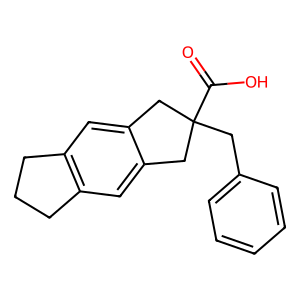
SMILES: O=C(O)C1(Cc2ccccc2)Cc2cc3c(cc2C1)CCC3
Inhibits HIV replication: No